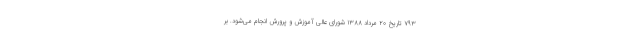
۷۹۳ تاریخ ۲۰ مرداد ۱۳۸۸ شورای عالی آموزش و پرورش انجام می‌شود. بر